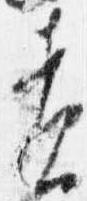
責